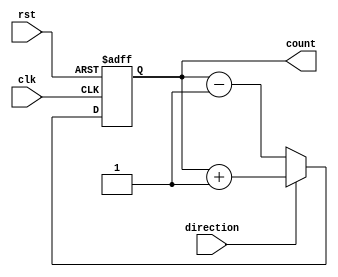
module Counter(
    input wire clk,
    input wire rst,
    input wire direction,
    output reg [7:0] count
);

always @(posedge clk or posedge rst) begin
    if(rst) begin
        count <= 8'h00;
    end else if(direction) begin
        count <= count + 1;
    end else begin
        count <= count - 1;
    end
end

endmodule